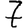
Digit: 7